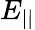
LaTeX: E_{||}